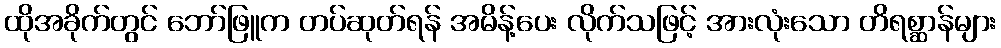
ထိုအခိုက်တွင် ဘော်ဖြူက တပ်ဆုတ်ရန် အမိန့်ပေး လိုက်သဖြင့် အားလုံးသော တိရစ္ဆာန်များ